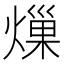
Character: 𤍒